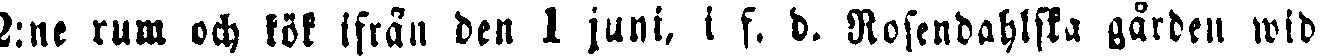
2:ne rum och kök ifrån den 1 juni, i f. d. Rosendahlska gården wid